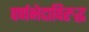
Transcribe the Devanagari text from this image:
वर्णभेदाविरुद्ध